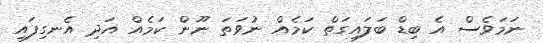
ނަމަވެސް އެ ބިޑް ބަލައިގަތް ކަމެއް ނުވަތަ ނޫން ކަމެއް އަދި އެނގިފައި